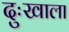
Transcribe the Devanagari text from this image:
दुःखाला